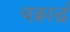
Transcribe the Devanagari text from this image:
चक्रार्द्ध